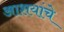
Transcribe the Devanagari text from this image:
आशयांचे